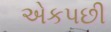
એકપછી